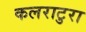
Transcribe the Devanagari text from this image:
कलराटुरा